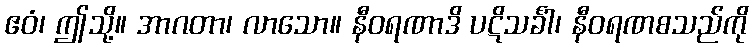
ဧဝံ၊ ဤသို့။ အာဂတာ၊ လာသော။ နီဝရဏာဒိ ပဋိသင်္ခါ၊ နီဝရဏစသည်ကို